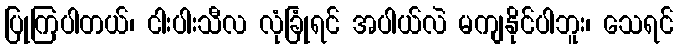
ပြုကြပါတယ်၊ ငါးပါးသီလ လုံခြုံရင် အပါယ်လဲ မကျနိုင်ပါဘူး၊ သေရင်